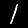
Digit: 1